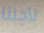
لأجلنا